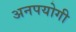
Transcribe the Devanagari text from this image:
अनपयोगी